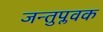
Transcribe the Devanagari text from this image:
जन्तुप्लवक